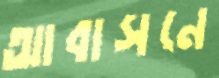
আবাসনে